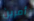
أمرين